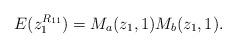
LaTeX: \begin{align*}E(z_1^{R_{11}})= M_a(z_1,1) M_b(z_1,1).\end{align*}